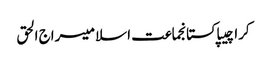
کراچیپاکستانجماعت اسلامیسراج الحق